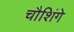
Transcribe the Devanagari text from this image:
चौशिंगे